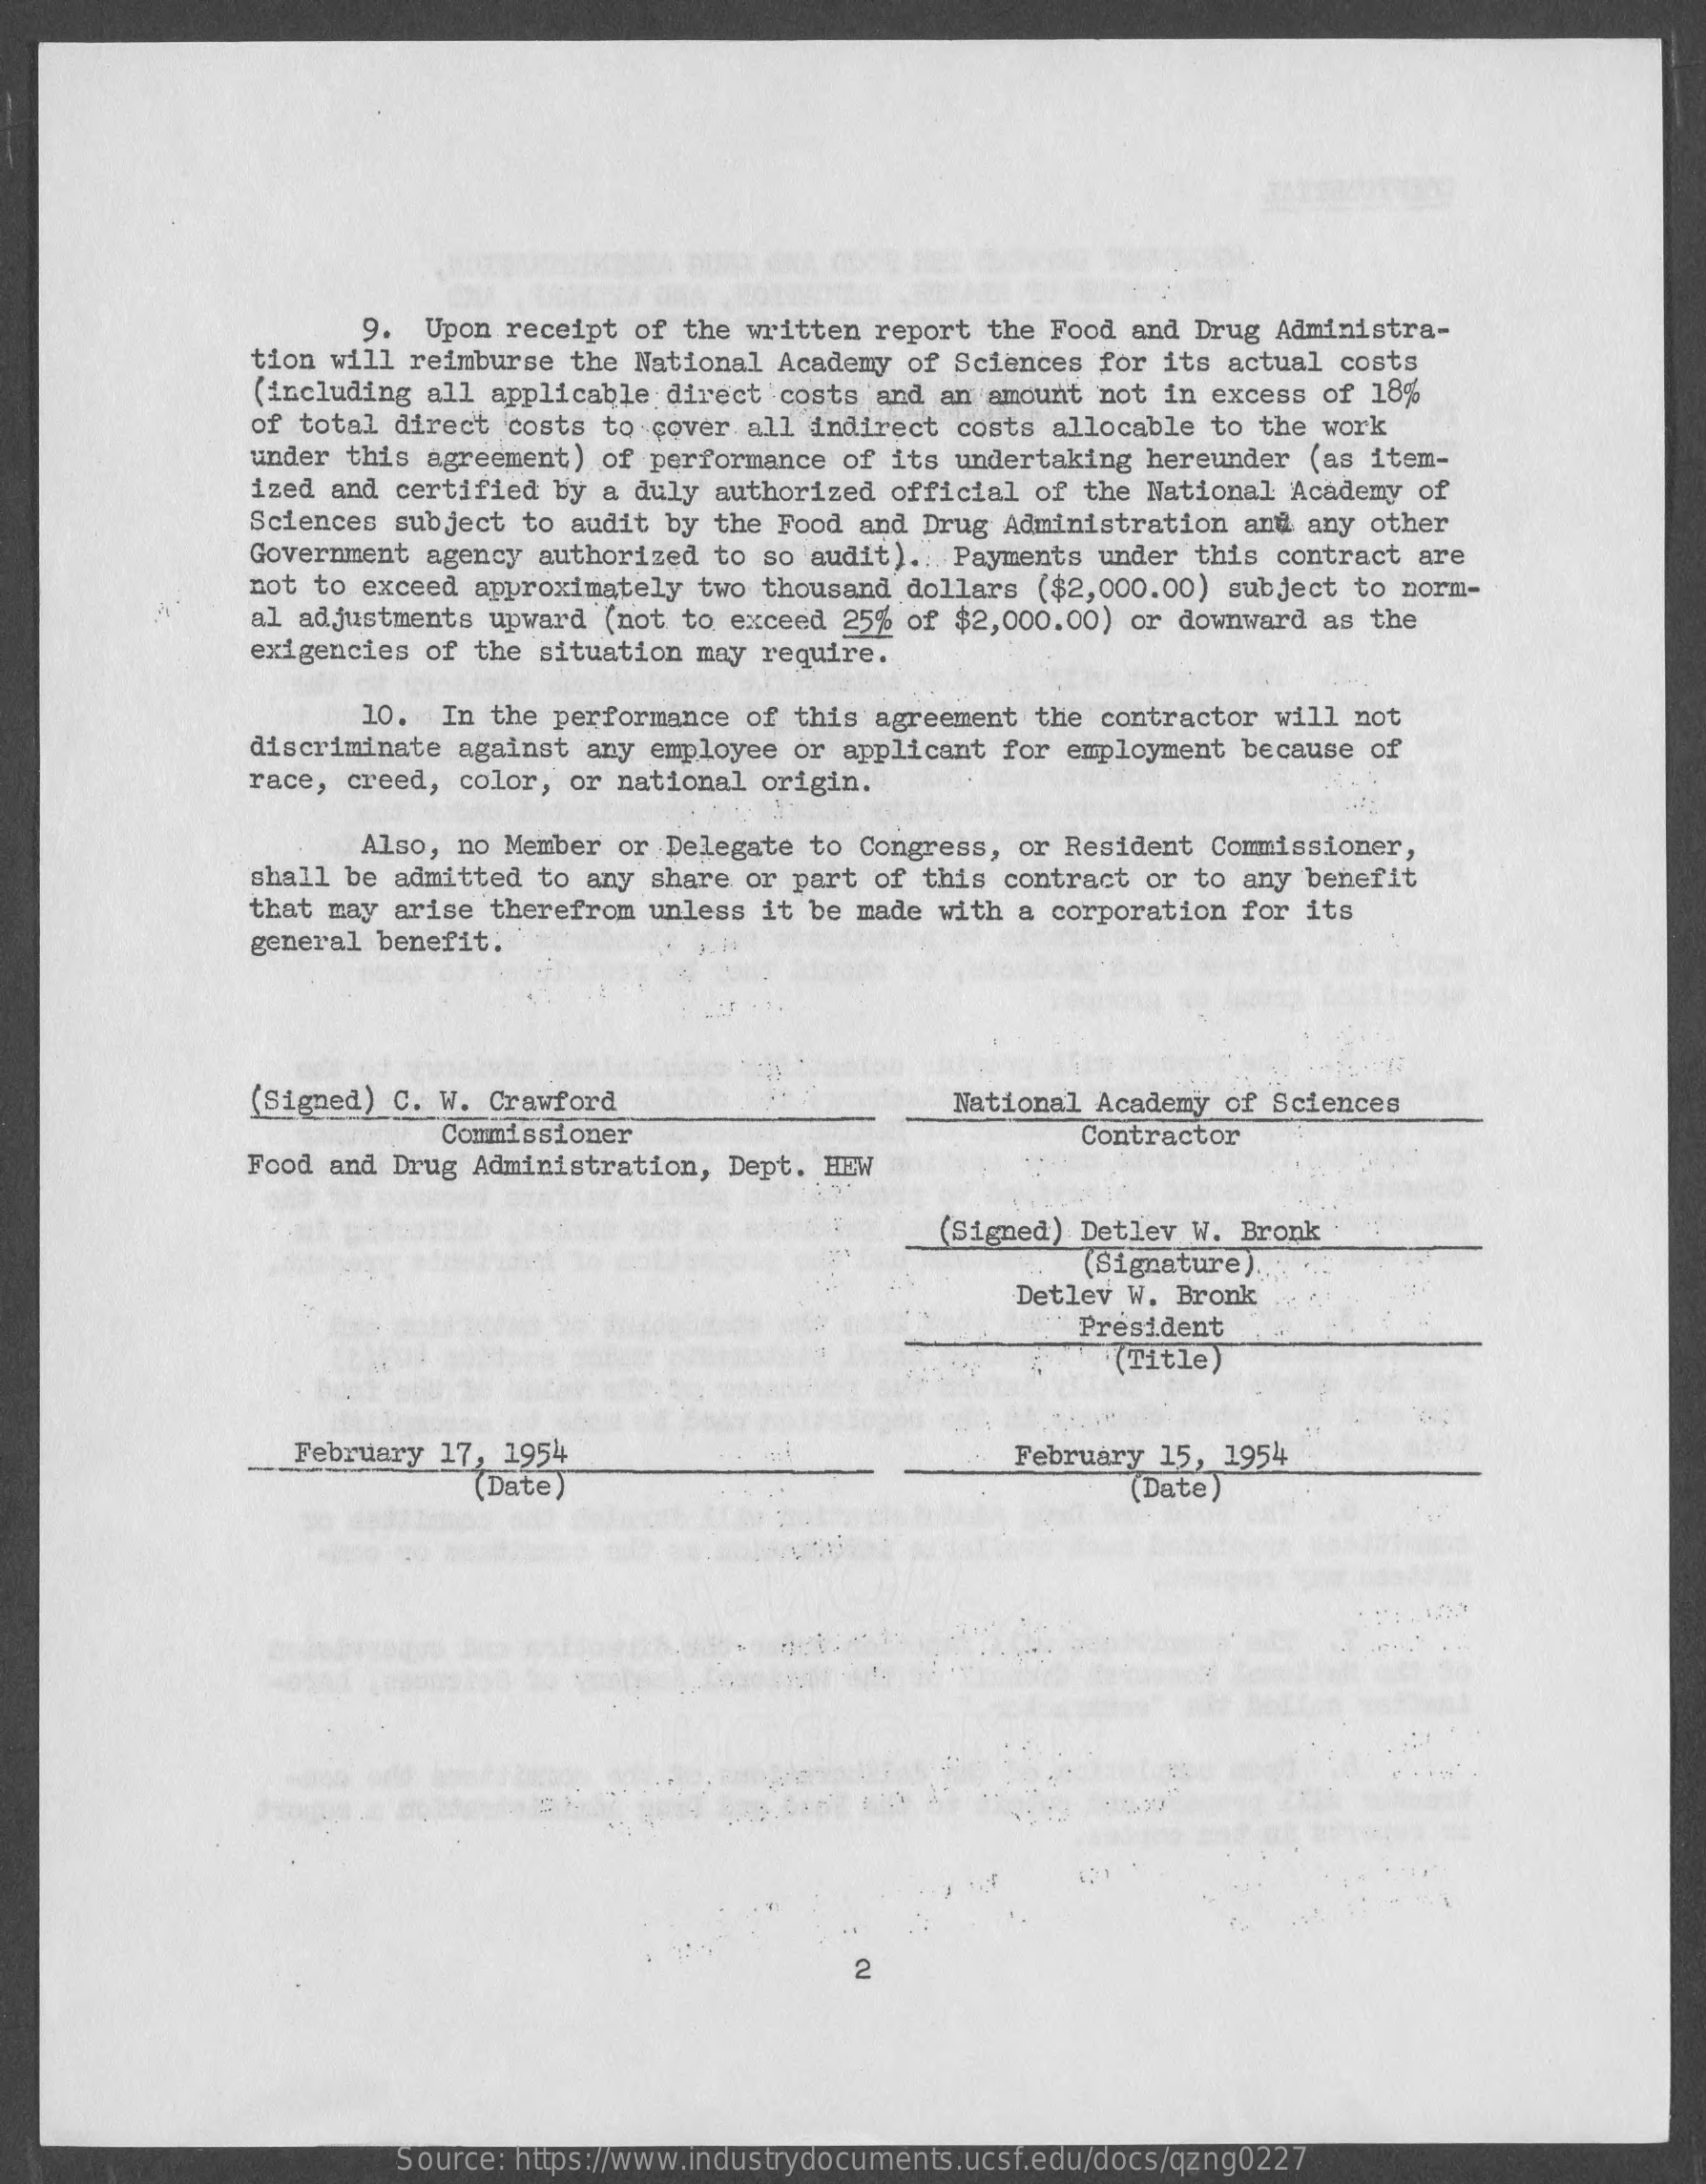
9. Upon receipt of the written report the Food and Drug Administra-
     tion will reimburse the National Academy of Sciences for its actual costs
     (including all applicable direct costs and an amount not in excess of 18%
     of total direct costs to cover all indirect costs allocable to the work
     under this agreement) of performance of its undertaking hereunder (as item-
     ized and certified by a duly authorized official of the National Academy of
     Sciences subject to audit by the Food and Drug Administration and any other
     Government agency authorized to so audit). Payments under this contract are
     not to exceed approximately two thousand dollars ($2,000.00) subject to norm-
     al adjustments upward (not to exceed 25% of $2,000.00) or downward as the
     exigencies of the situation may require.
     10. In the performance of this agreement the contractor will not
     discriminate against any employee or applicant for employment because of
     race, creed, color, or national origin.
     Also, no Member or Delegate to Congress, or Resident Commissioner,
     shall be admitted to any share or part of this contract or to any benefit
     that may arise therefrom unless it be made with a corporation for its
     general benefit.
     (Signed) C. W. Crawford    National Academy of Sciences
     Commissioner
     Food and Drug Administration, Dept. HEW
     Contractor
     (Signed) Detlev W. Bronk
     (Signature) ..
     Detlev W. Bronk
     President
     (Title)
     February 17, 1954    February 15, 1954
     (Date)    (Date)
     2
     Source: https://www.industrydocuments.ucsf.edu/docs/qzng0227